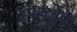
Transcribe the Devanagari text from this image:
दृष्यात्मक